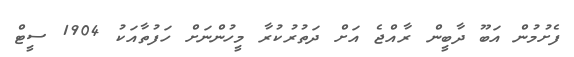
ފެށުމުން އަބޫ ދާބީން ރާއްޖެ އަށް ދަތުރުކުރާ މީހުންނަށް ހަފުތާއަކު 1904 ސީޓް